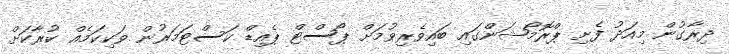
ދިރާގުން މިއަދު ފެށި ޕްރޮމޯޝަންގައި ބައިވެރިވުމަށް ޕޯސްޓް ޕެއިޑް ކަސްޓަމަރުން ވަކިކަމެއް ކުރާކަށް